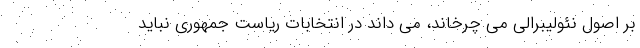
بر اصول نئولیبرالی می چرخاند، می داند در انتخابات ریاست جمهوری نباید